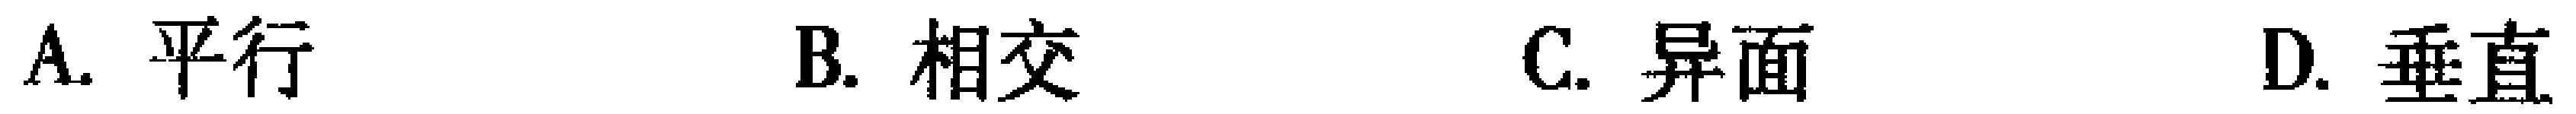
A. 平行 B. 相交 C. 异面 D. 垂直